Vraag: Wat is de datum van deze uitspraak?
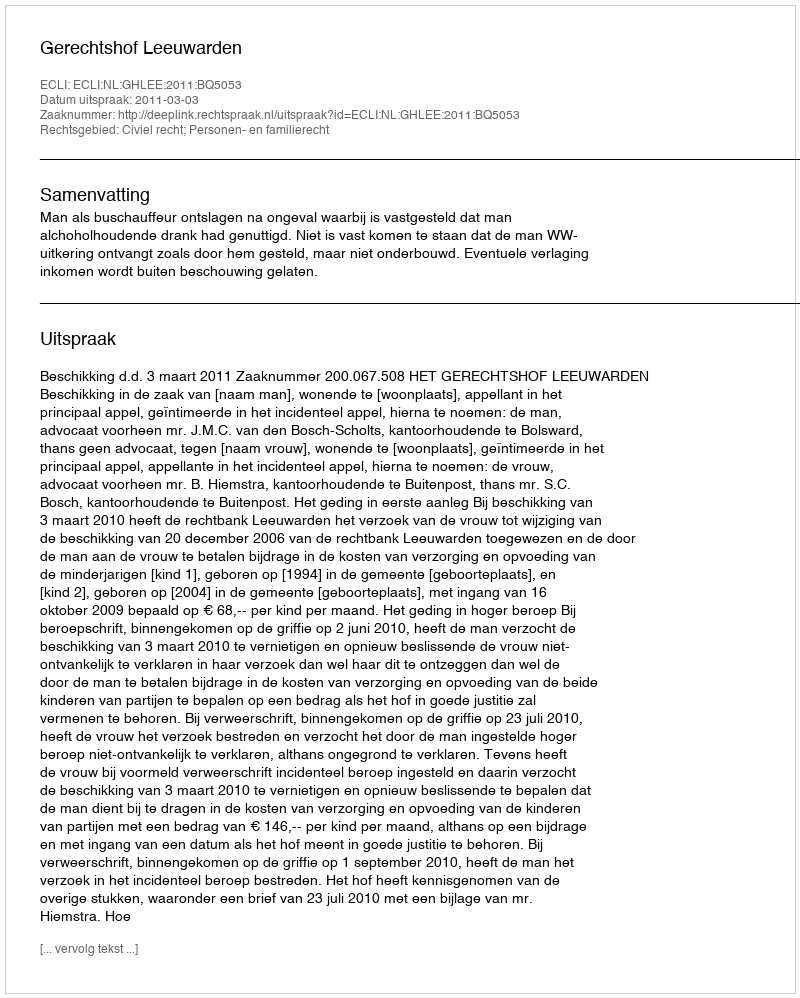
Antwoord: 2011-03-03